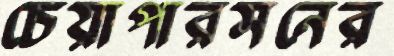
চেয়াপারসনের